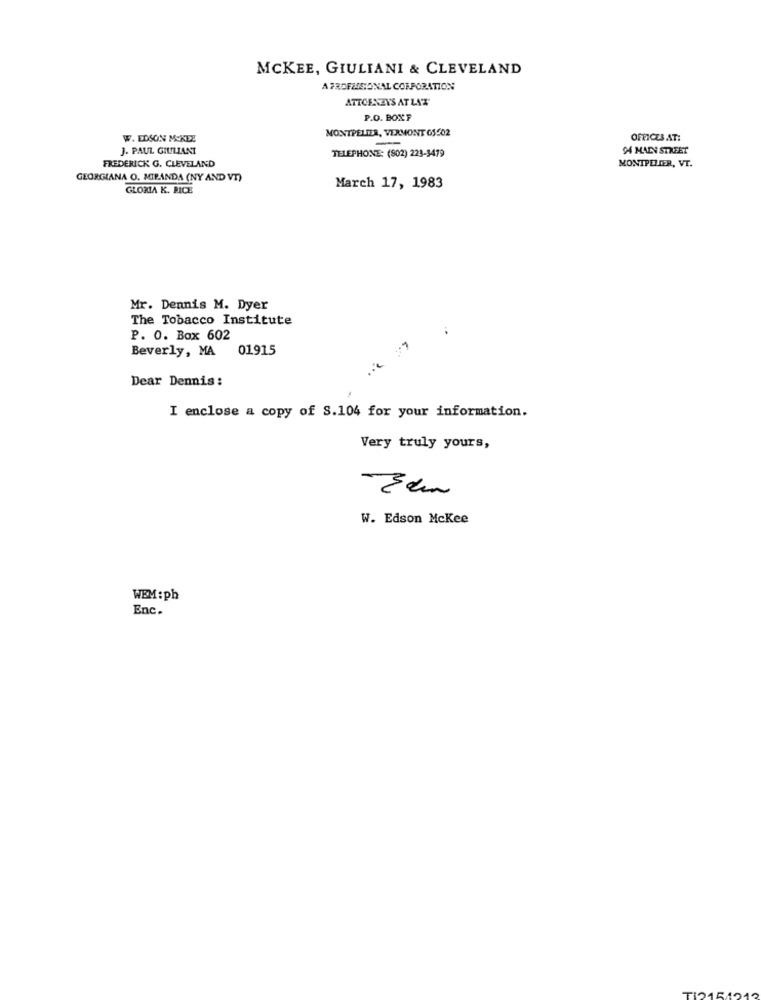
MCKEE, GIULIANI & CLEVELAND
A PROFESSIONAL CORPORATION
ATTCESZYS AT LAT
P.O. BOXF
MONTPELIER, VERMONT GS502
W. EDSON MCKEE
-
OFFICES AT:
J. PAUL GIULIANI
94 MAIN STREET
TELEPHONE: (802) 223-3479
MONTPELIER, VT.
FREDERICK G. CLEVELAND
GEORGIANA O. MIRANDA (NY AND VT)
GLORIA K. RICE
March 17, 1983
Mr. Dennis M. Dyer
The Tobacco Institute
P. O. Box 602
Beverly, MA 01915
...
Dear Dennis:
I enclose a copy of S.104 for your information.
Very truly yours,
W. Edson Mckee
WEM: ph
Enc.